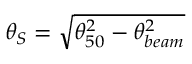
\theta _ { S } = \sqrt { \theta _ { 5 0 } ^ { 2 } - \theta _ { b e a m } ^ { 2 } }